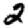
Digit: 2